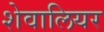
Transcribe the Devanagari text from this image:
शेवालियर